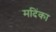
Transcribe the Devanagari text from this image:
मदिंका